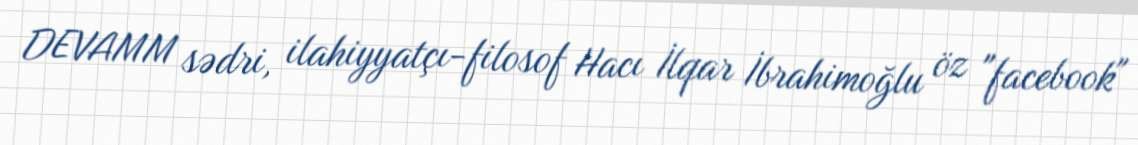
DEVAMM sədri, ilahiyyatçı-filosof Hacı İlqar İbrahimoğlu öz "facebook"